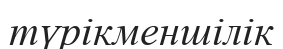
түрікменшілік